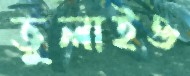
ভুলাইও